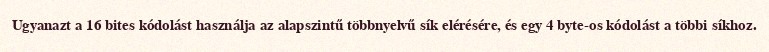
Ugyanazt a 16 bites kódolást használja az alapszintű többnyelvű sík elérésére, és egy 4 byte-os kódolást a többi síkhoz.